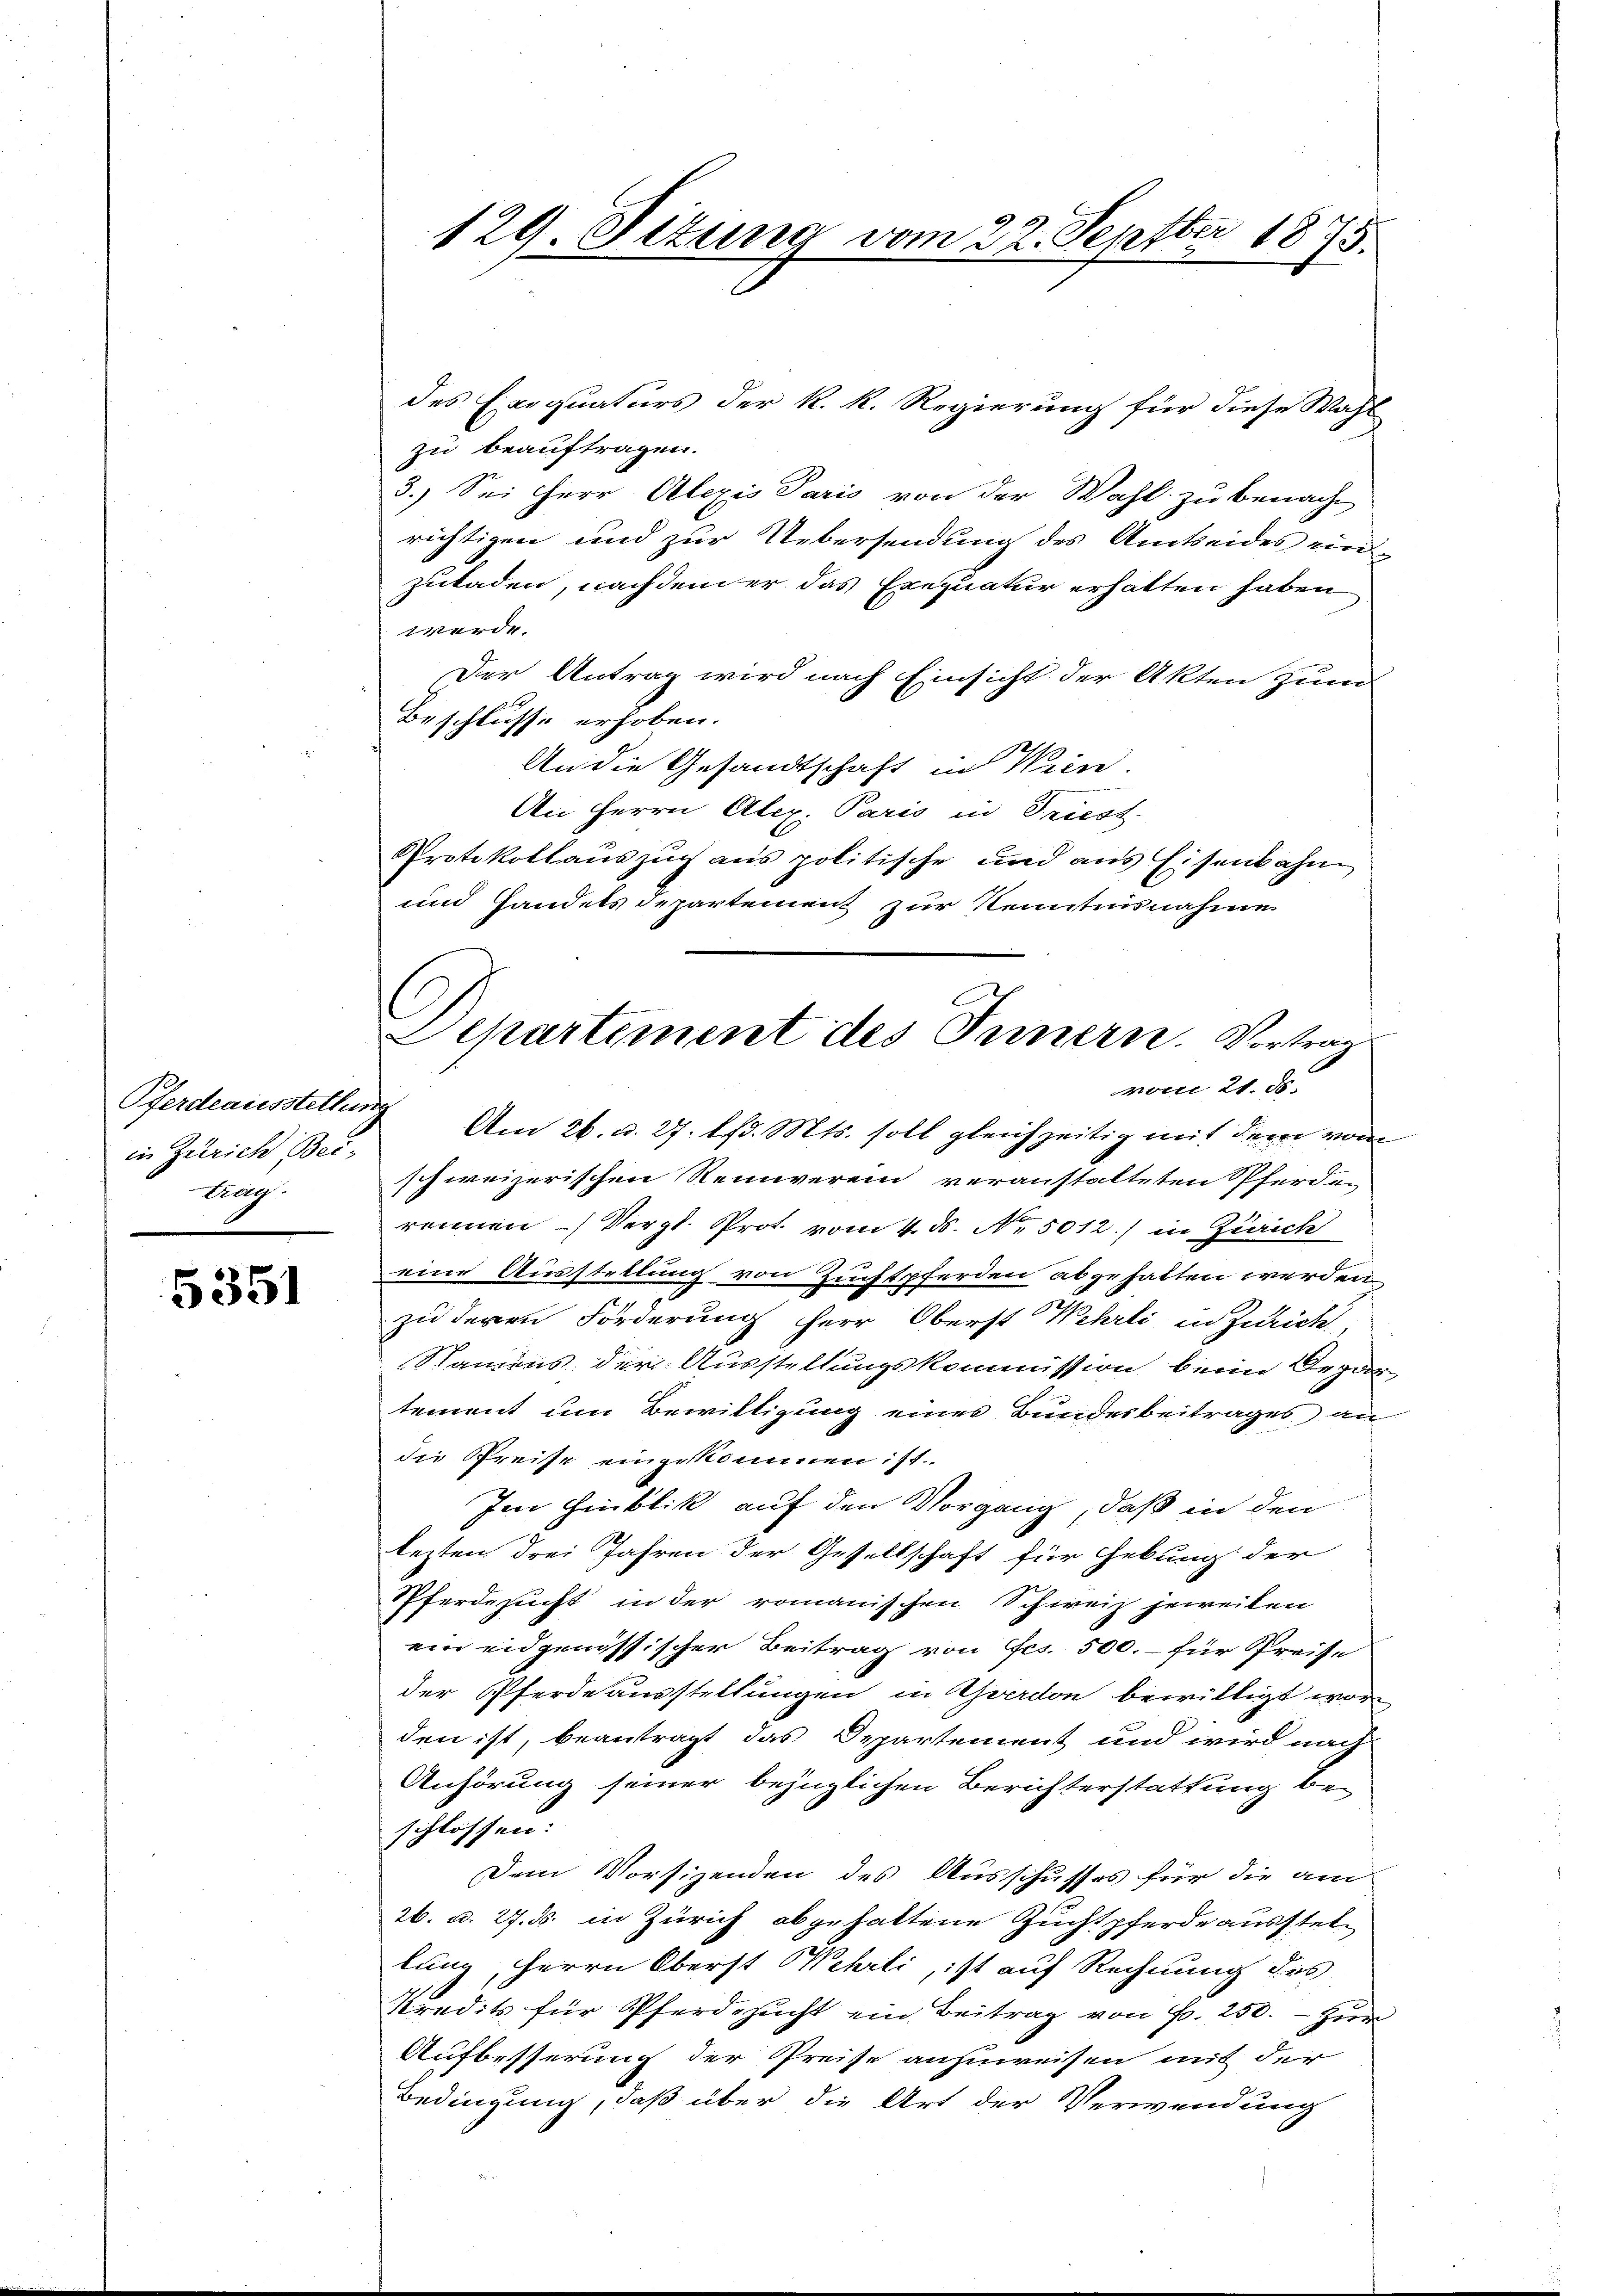
Pferdeausstellung
in Zürich Bei¬
Lang

5351

des Exequaturs der k. k. Regierung für diese Wahl
zu beauftragen.
3.) Sei Herr Alexis Paris von der Wahl zu benacht
richtigen und zur Uebersendung des Amtseides einzuladen, nachdem er das Exequatur erhalten haben
werde.
Der Antrag wird nach Einsicht der Akten zum
Beschlusse erhoben.
An die Gesandtschaft in Wien
An Herrn Alex. Paris in Triest.
Protokollauszug aus politische und aus Eisenbahn
und Handels Departement zur Kenntnisnahme

129. Situng vom 22. Septber 1875.

Departement des Innern. Vortrags
vom 21. d.

Am 26. d. 27. lfd. Mts. soll gleichzeitig mit dem vom
schweizerischen Reinverein veranstalteten Pferden
rennen Vergl. Prot. vom 4. ds. No. 5012.) in Zürich
eine Ausstellung von Zuchtpferden abgehalten werden,
zu deren Förderung herr Oberst Wehrli in Zürich,
Namens der Ausstellungskommission beim Depar-
tement um Bewilligung eines Bundesbeitrages an
die Preise eingekommen: st.
Im Hinblik auf den Vorgang, daß in den
lezten drei Jahren der Gesellschaft für Hebung der
Pferdezucht in der romanischen Schweiz jeweiten
ein eidgenössischer Beitrag von Ges. 500.- für Preise
der Pferdeausstellungen in Yverdon bewilligt wor
den ist, beantragt das Departement und wird nach
Anhörung seiner bezüglichen Berichterstattung beschlossen:
Dem Vorsizenden des Ausschusses für die am
26. d. 27. ds. in Zürich abgehaltene Zuchtpferde ausstellung, Herrn Oberst Wehrli, ist auf Rechnung des
Kredits für Pferdezucht ein Beitrag von Fr. 250. — Zur
Aufbesserung der Preise anzuweisen aus der
Bedingung, daß über die Art der Verwendung